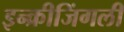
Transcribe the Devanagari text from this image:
इन्क्रीजिंगली